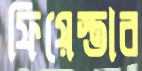
ফিয়েস্তার